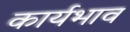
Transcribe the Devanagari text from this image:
कार्यभाव